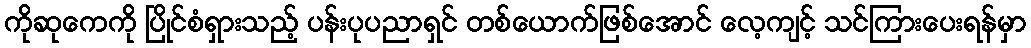
ကိုဆုကေကို ပြိုင်စံရှားသည့် ပန်းပုပညာရှင် တစ်ယောက်ဖြစ်အောင် လေ့ကျင့် သင်ကြားပေးရန်မှာ